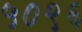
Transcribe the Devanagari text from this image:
५०९६